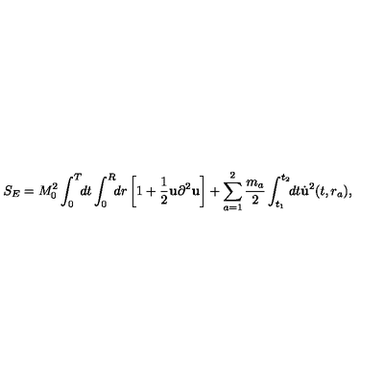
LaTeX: S _ { E } = M _ { 0 } ^ { 2 } \int _ { 0 } ^ { T } \! \! d t \int _ { 0 } ^ { R } \! \! d r \left[ 1 + \frac { 1 } { 2 } { \bf u } \partial ^ { 2 } { \bf u } \right] + \sum _ { a = 1 } ^ { 2 } \frac { m _ { a } } { 2 } \int _ { t _ { 1 } } ^ { t _ { 2 } } \! \! d t { \dot { \bf u } } ^ { 2 } ( t , r _ { a } ) { , }